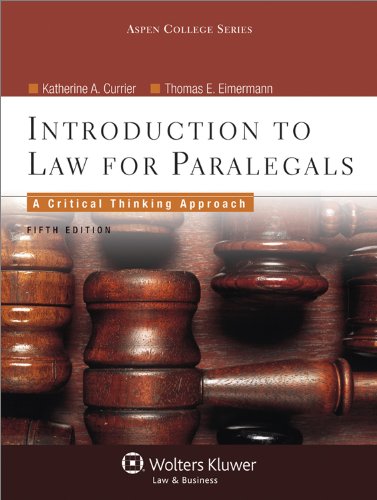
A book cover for Introduction to Law for Paralegals: Critical Thinking Approach, 5th Edition (Aspen College); Katherine A. Currier; Law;